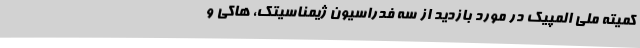
کمیته ملی المپیک در مورد بازدید از سه فدراسیون ژیمناسیتک، هاکی و